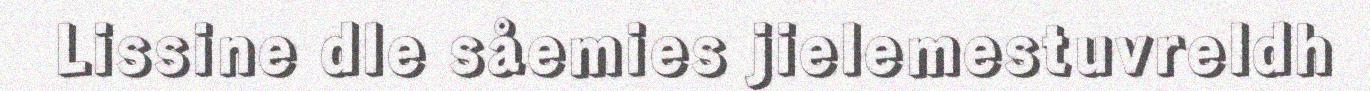
Lissine dle såemies jielemestuvreldh